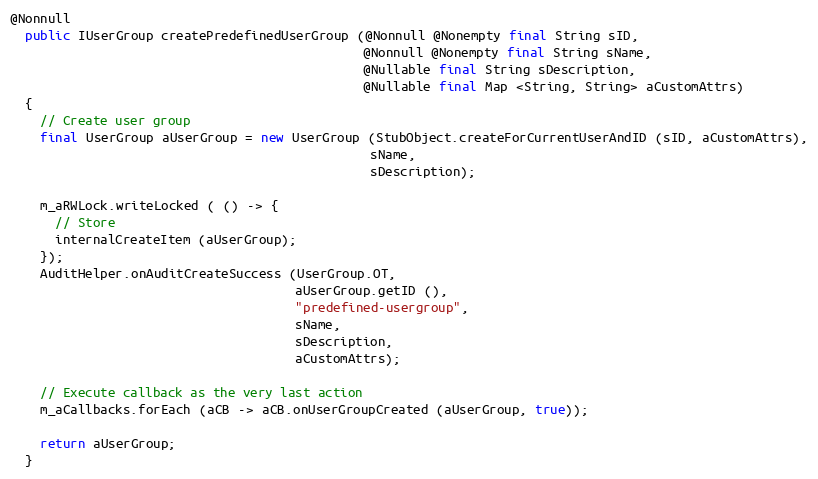
Language: Java
@Nonnull
  public IUserGroup createPredefinedUserGroup (@Nonnull @Nonempty final String sID,
                                               @Nonnull @Nonempty final String sName,
                                               @Nullable final String sDescription,
                                               @Nullable final Map <String, String> aCustomAttrs)
  {
    // Create user group
    final UserGroup aUserGroup = new UserGroup (StubObject.createForCurrentUserAndID (sID, aCustomAttrs),
                                                sName,
                                                sDescription);

    m_aRWLock.writeLocked ( () -> {
      // Store
      internalCreateItem (aUserGroup);
    });
    AuditHelper.onAuditCreateSuccess (UserGroup.OT,
                                      aUserGroup.getID (),
                                      "predefined-usergroup",
                                      sName,
                                      sDescription,
                                      aCustomAttrs);

    // Execute callback as the very last action
    m_aCallbacks.forEach (aCB -> aCB.onUserGroupCreated (aUserGroup, true));

    return aUserGroup;
  }